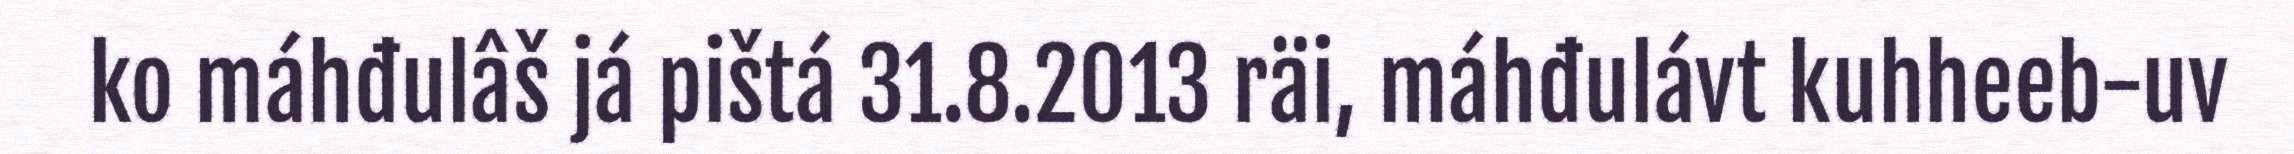
ko máhđulâš já pištá 31.8.2013 räi, máhđulávt kuhheeb-uv